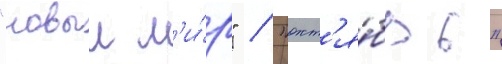
"новыи м'и́р" / "окт'я́брь"